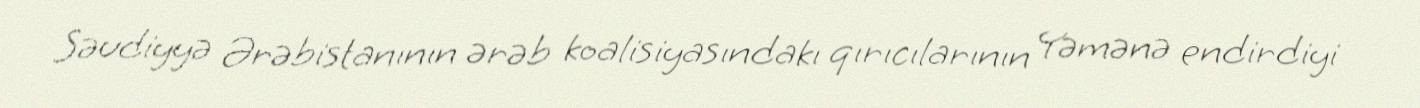
Səudiyyə Ərəbistanının ərəb koalisiyasındakı qırıcılarının Yəmənə endirdiyi